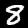
Label: 8